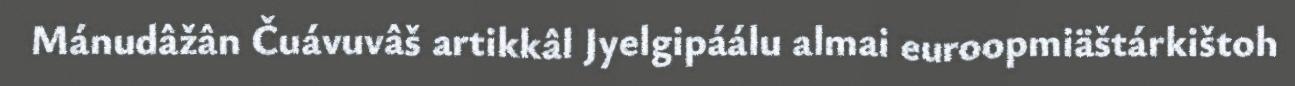
Mánudâžân Čuávuvâš artikkâl Jyelgipáálu almai euroopmiäštárkištoh